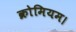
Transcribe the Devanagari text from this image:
क्रोमियम।